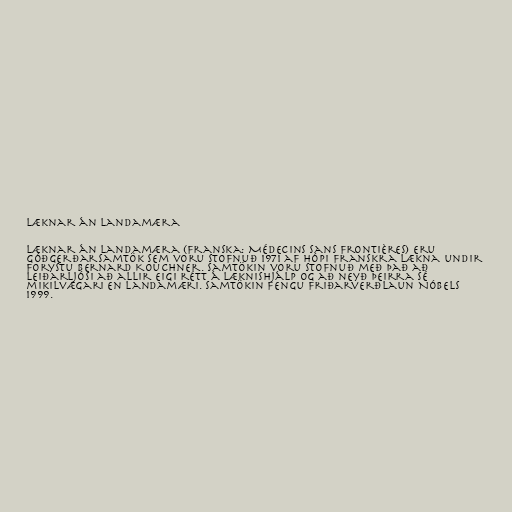
Læknar án landamæra

Læknar án landamæra (franska: Médecins Sans Frontières) eru
góðgerðarsamtök sem voru stofnuð 1971 af hópi franskra lækna undir
forystu Bernard Kouchner. Samtökin voru stofnuð með það að
leiðarljósi að allir eigi rétt á læknishjálp og að neyð þeirra sé
mikilvægari en landamæri. Samtökin fengu Friðarverðlaun Nóbels
1999.